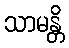
သာမန္တိ